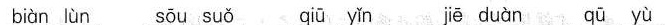
biàn lùn sōu suǒ qiū yǐn jē duàn qu yu